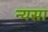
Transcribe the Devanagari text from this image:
न्यसा